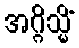
အဂ္ဂိသ္မိံ